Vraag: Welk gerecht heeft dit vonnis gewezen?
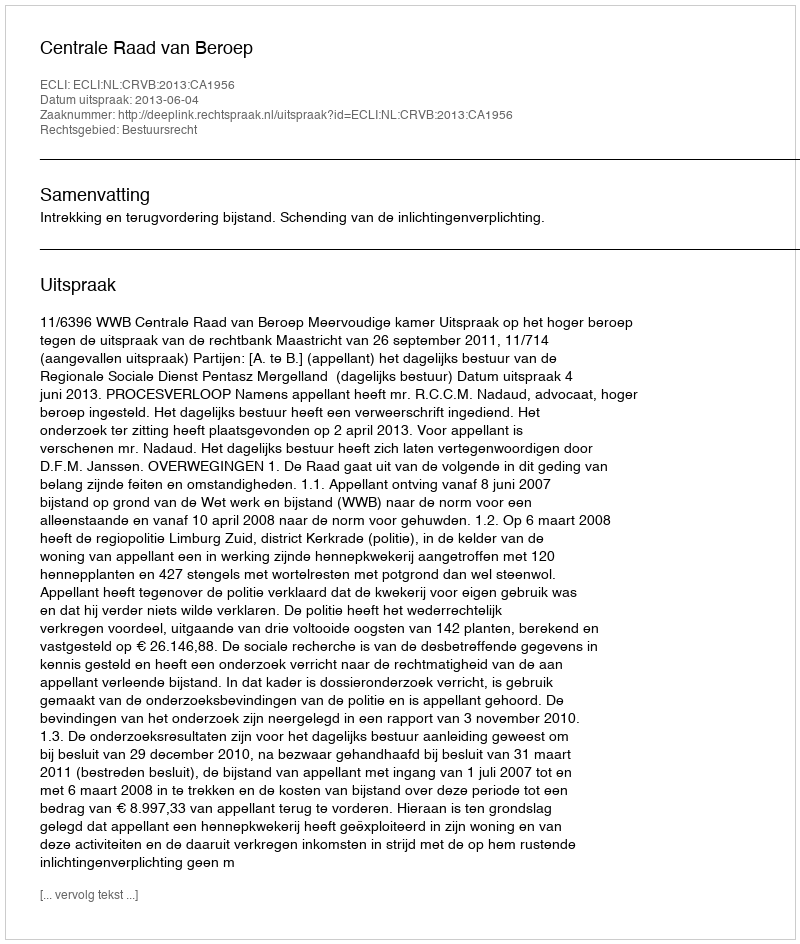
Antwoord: Centrale Raad van Beroep